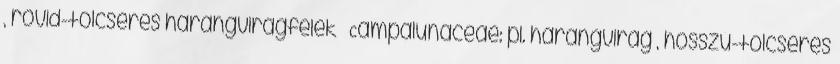
, rövid-tölcséres harangvirágfélék – Campalunaceae: pl. harangvirág , hosszú-tölcséres